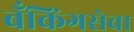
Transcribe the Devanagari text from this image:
बँकिंगसेवा